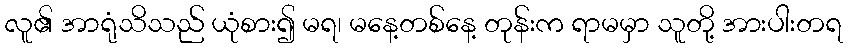
လူ၏ အာရုံသိသည် ယုံစား၍ မရ၊ မနေ့တစ်နေ့ တုန်းက ရာမမှာ သူတို့ အားပါးတရ